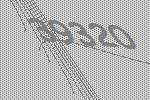
39320